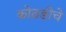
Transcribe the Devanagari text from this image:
कोठडीचे